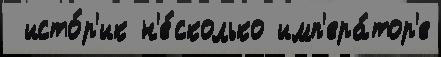
 исто́р'ик н'е́сколько имп'ера́тор'е